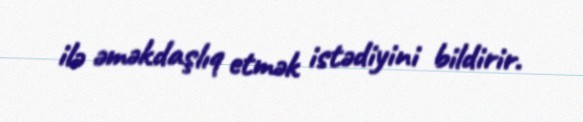
ilə əməkdaşlıq etmək istədiyini bildirir.